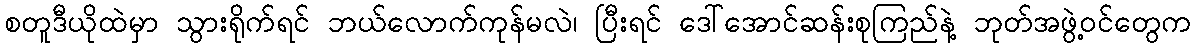
စတူဒီယိုထဲမှာ သွားရိုက်ရင် ဘယ်လောက်ကုန်မလဲ၊ ပြီးရင် ဒေါ်အောင်ဆန်းစုကြည်နဲ့ ဘုတ်အဖွဲ့ဝင်တွေက